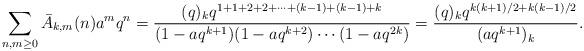
LaTeX: \begin{align*}\sum_{n,m\ge0}\bar{A}_{k,m}(n)a^mq^n=\frac{(q)_kq^{1+1+2+2+\cdots +(k-1)+(k-1)+k}}{(1-aq^{k+1})(1-aq^{k+2})\cdots(1-aq^{2k})}=\frac{(q)_kq^{k(k+1)/2+k(k-1)/2}}{(aq^{k+1})_{k}}.\end{align*}